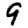
Digit: 9